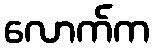
လောက်က